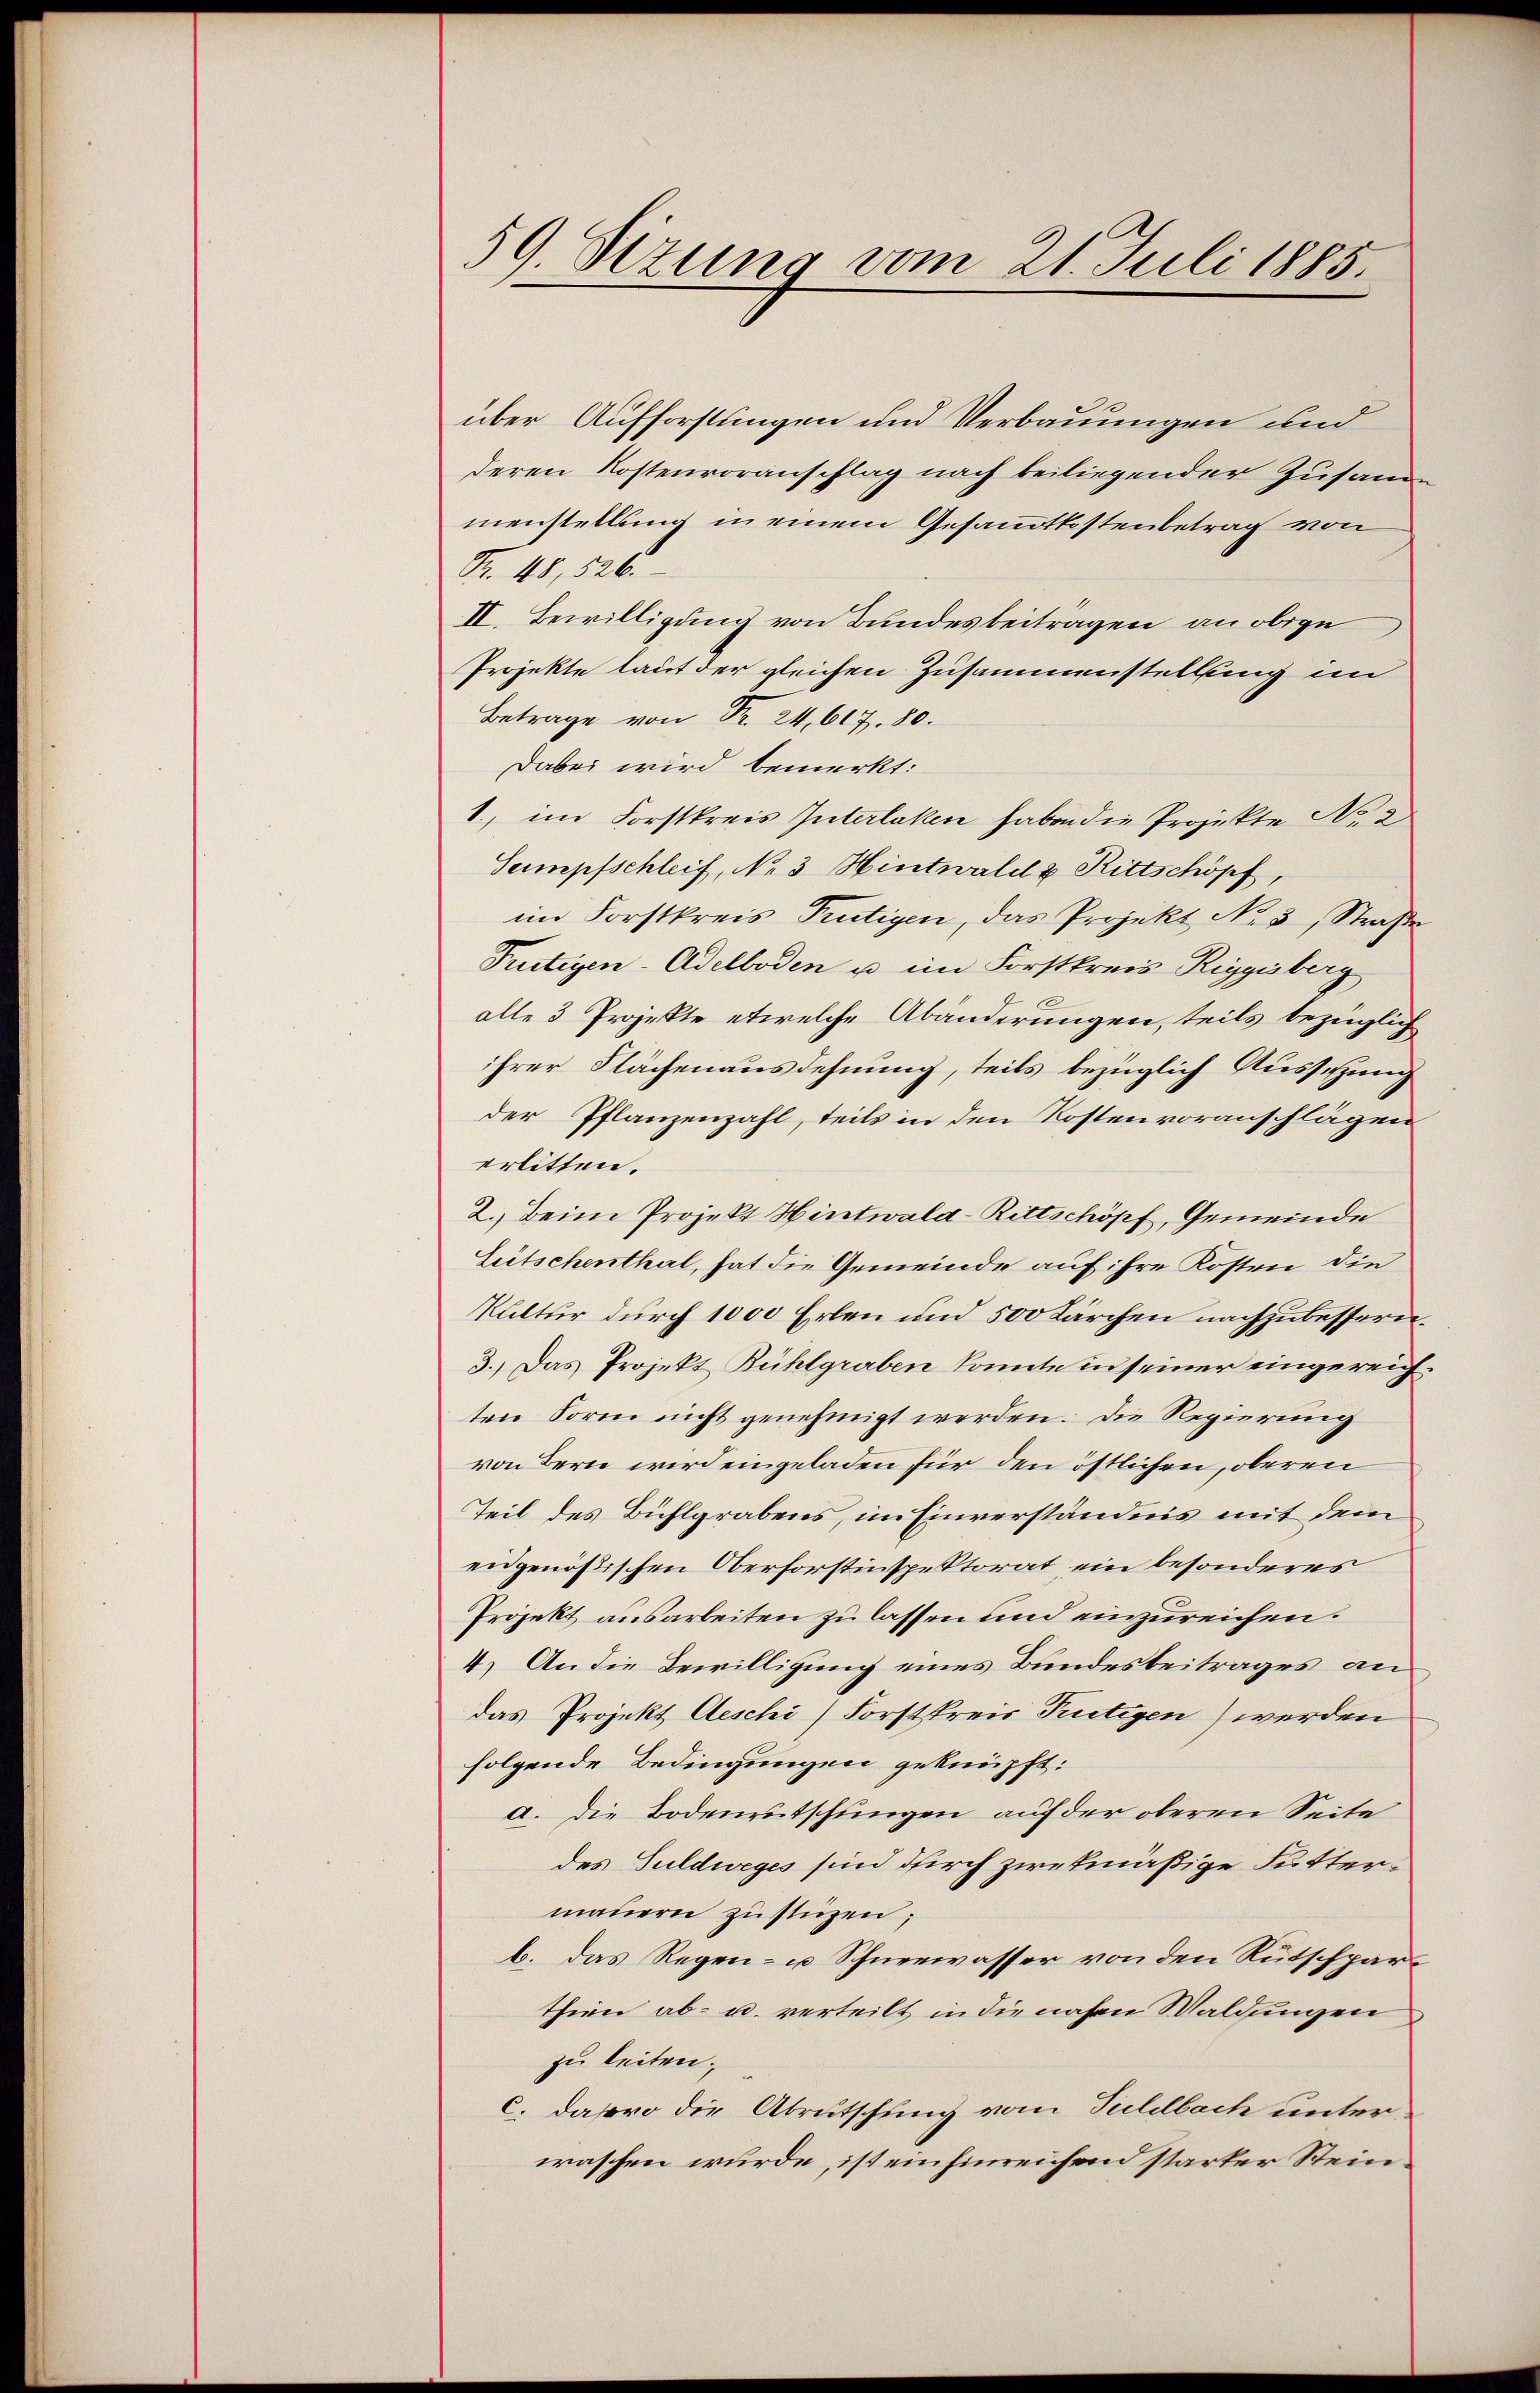
59. Sizung vom 21. Juli 1885.

über Aufforstungen und Verbauungen und
deren Kostenvoranschlag nach beiliegender Zusammenstellung in einem Gesammtkostenbetrag von
Fr. 48, 526.
II. Bewilligung von Bundesbeitragen an obige
Projekte laut der gleichen Zusammenstellung im
Betrag von Fr. 24,617. 80.
Dabei wird bemerkt:
1., im Forstkreis Interlaken haben die Projekte No. 2
Sumpfschleif, No 3 Hintwald 2 Rittschöpf,
im Forstkreis Frutigen, das Projekt No. 5, Straße
Pertigen-Adelboden u. im Forstkreis-Riggisberg
alle 3 Projekte etwelche Abänderungen, teils bezüglich
ihrer Flächenausdehnung, teils bezüglich Aussetzung
der Pflanzenzahl, teils in den Kostenvoranschlägen
erlitten.
2.) Beim Projekt Hintwald-Rittschöpf, Gemeinde
Litschenthal, hat die Gemeinde auf ihre Kosten die
Kultur durch 1000 Erlen und 500 Kärchen nachzubessern.
3.) Das Projekt Bühlgraben konnte in seiner eingereig
ten Form nicht genehmigt werden. Die Regierung
von Bern wird eingeladen für den östlichen, oberen
Teil des Bühlgrabens, im Einverständnis mit dem
eidgenößischen Oberforstinspektorat, ein besonderes
Projekt ausarbeiten zu lassen und einzureichen.
4. An die Bewilligung eines Bundesbeitrages an
das Projekt Aeschi) Forstpreis Tutigen) werden
folgende Bedingungen geknüpft:
a. die Bodenrutschungen auf der oberen Seite
des Guldweges sind durch zwekmäßige Futtermauern zustizen,
b. das Regen- u Schneewasser von den Rutschparthien ab- u. verteilt in die nahen Waldungen
zu leiten.
c. daro die Abrutschung vom Tuldbach unter
waschen wurde, ist einhinreichend starker Stein¬